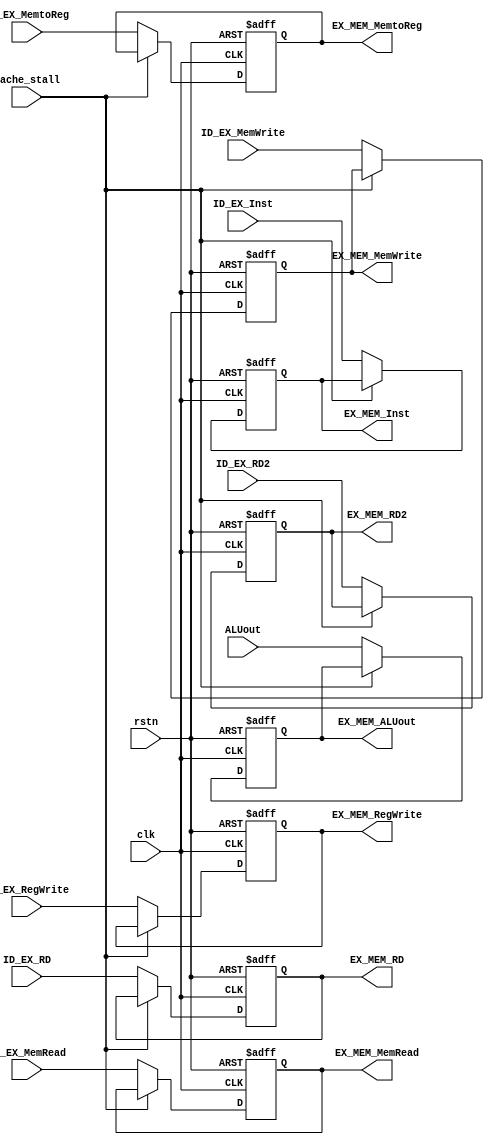
module EX_MEM(
    input ID_EX_MemtoReg,
    input ID_EX_RegWrite,
    input ID_EX_MemRead,
    input ID_EX_MemWrite,
    input [31:0] ALUout,
    input [31:0] ID_EX_RD2,
    input [4:0] ID_EX_RD,
    input [31:0] ID_EX_Inst, 
    input clk,
    input rstn,
    input cache_stall,
    output reg EX_MEM_MemtoReg,
    output reg EX_MEM_RegWrite,
    output reg EX_MEM_MemRead,
    output reg EX_MEM_MemWrite,
    output reg [31:0] EX_MEM_ALUout,
    output reg [31:0] EX_MEM_RD2,
    output reg [4:0] EX_MEM_RD,
    output reg [31:0] EX_MEM_Inst
    );

    always @(posedge clk or negedge rstn) begin
        if(!rstn) begin
            EX_MEM_MemtoReg <= 1'b0;
            EX_MEM_RegWrite <= 1'b0;
            EX_MEM_MemRead <= 1'b0;
            EX_MEM_MemWrite <= 1'b0;
            EX_MEM_ALUout <= 32'b0;
            EX_MEM_RD2 <= 32'b0;
            EX_MEM_RD <= 5'b0;
            EX_MEM_Inst <= 32'b0;
        end
        else if(cache_stall) begin
            EX_MEM_MemtoReg <= EX_MEM_MemtoReg;
            EX_MEM_RegWrite <= EX_MEM_RegWrite;
            EX_MEM_MemRead <= EX_MEM_MemRead;
            EX_MEM_MemWrite <= EX_MEM_MemWrite;
            EX_MEM_ALUout <= EX_MEM_ALUout;
            EX_MEM_RD2 <= EX_MEM_RD2;
            EX_MEM_RD <= EX_MEM_RD;
            EX_MEM_Inst <= EX_MEM_Inst;
        end
        else begin
            EX_MEM_MemtoReg <= ID_EX_MemtoReg;
            EX_MEM_RegWrite <= ID_EX_RegWrite;
            EX_MEM_MemRead <= ID_EX_MemRead;
            EX_MEM_MemWrite <= ID_EX_MemWrite;
            EX_MEM_ALUout <= ALUout;
            EX_MEM_RD2 <= ID_EX_RD2;
            EX_MEM_RD <= ID_EX_RD;
            EX_MEM_Inst <= ID_EX_Inst;
        end
    end
endmodule